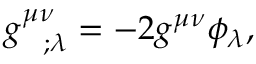
g _ { ~ ~ ; \lambda } ^ { \mu \nu } = - 2 g ^ { \mu \nu } \phi _ { \lambda } ,